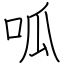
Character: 呱